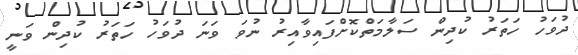
ދުވަހު ހަތަރު ކުދިން ސަލާމަތްކޮށްފައިވާއިރު ނުވަ ވަނަ ދުވަހު ހަތަރު ކުދިން ވަނީ